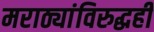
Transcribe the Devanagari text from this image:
मराठ्यांविरुद्धही